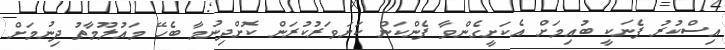
އިސްކުރު ފެނަކީ ބުއިމަށް އެކަށީގެންވާ ފެންކަން ކަށަވަރުކުރަން ކޮށްދިނުމާ ބެހޭ މައުލޫމާތު ދިނުމަށް